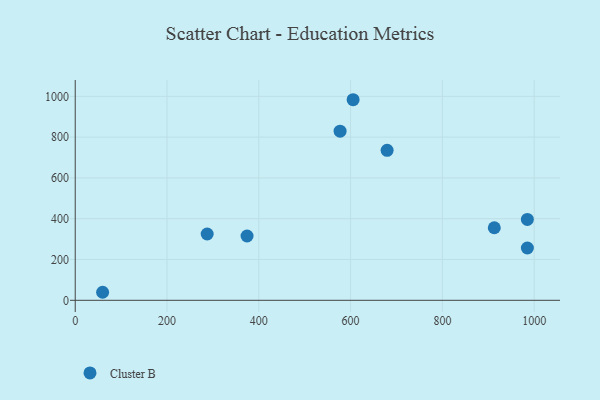
{"axis": {"x": "Speed", "y": "Rating"}, "legend": ["Cluster B"], "data": [{"x": "287.5", "y": 325.0, "type": "Cluster B"}, {"x": "59.7", "y": 39.4, "type": "Cluster B"}, {"x": "374.4", "y": 315.4, "type": "Cluster B"}, {"x": "679.6", "y": 735.2, "type": "Cluster B"}, {"x": "577.1", "y": 829.3, "type": "Cluster B"}, {"x": "913.1", "y": 355.8, "type": "Cluster B"}, {"x": "605.5", "y": 983.4, "type": "Cluster B"}, {"x": "985.2", "y": 396.5, "type": "Cluster B"}, {"x": "985.2", "y": 256.5, "type": "Cluster B"}]}